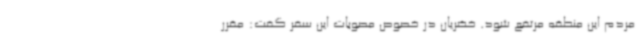
مردم این منطقه مرتفع شود. خضریان در خصوص مصوبات این سفر گفت: مقرر